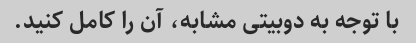
با توجه به دوبیتی مشابه، آن را کامل کنید.